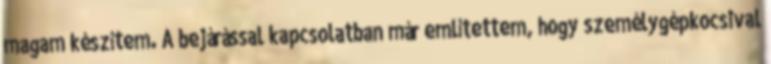
magam készítem. A bejárással kapcsolatban már említettem, hogy személygépkocsival